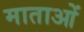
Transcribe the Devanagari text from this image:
माताआें